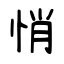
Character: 悄